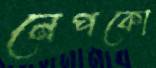
নেপকো